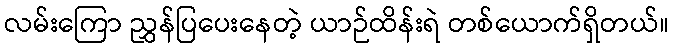
လမ်းကြော ညွှန်ပြပေးနေတဲ့ ယာဉ်ထိန်းရဲ တစ်ယောက်ရှိတယ်။